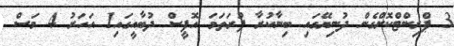
3 ޕްރިންޓްކޮށްގެން ދުނިޔޭގައި ބިނާކުރާ ފުރަތަމަ އޮފީސް ދުބާއީގައި1 އަހަރު 4 މަސް